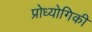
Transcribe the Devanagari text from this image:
प्रोध्योगिकी